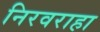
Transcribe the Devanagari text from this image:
निरवराहा